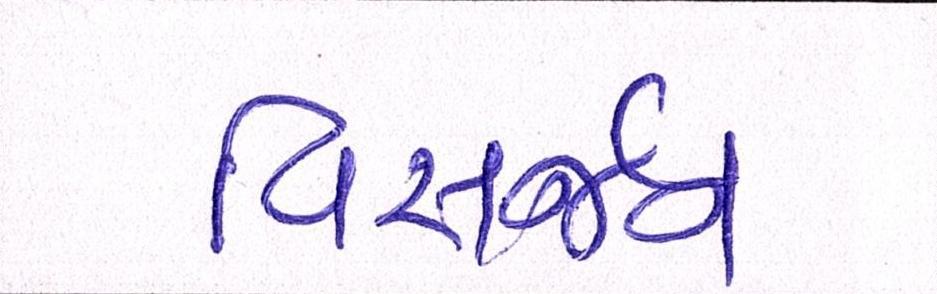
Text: વિસર્જન